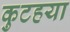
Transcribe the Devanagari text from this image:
कुटहया